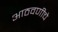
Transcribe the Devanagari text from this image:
आठवणीचे